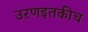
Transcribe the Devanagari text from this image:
उरणइतकीच